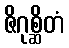
ဇိဂုစ္ဆိတံ